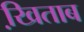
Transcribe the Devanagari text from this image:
खि़ताब